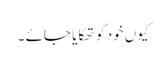
کیوں خود کو تھکایا جائے ۔